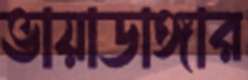
ভায়াডাঙ্গার